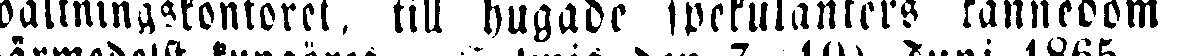
valtningskontoret, till hugade spekulanters kännedom